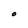
Character: O